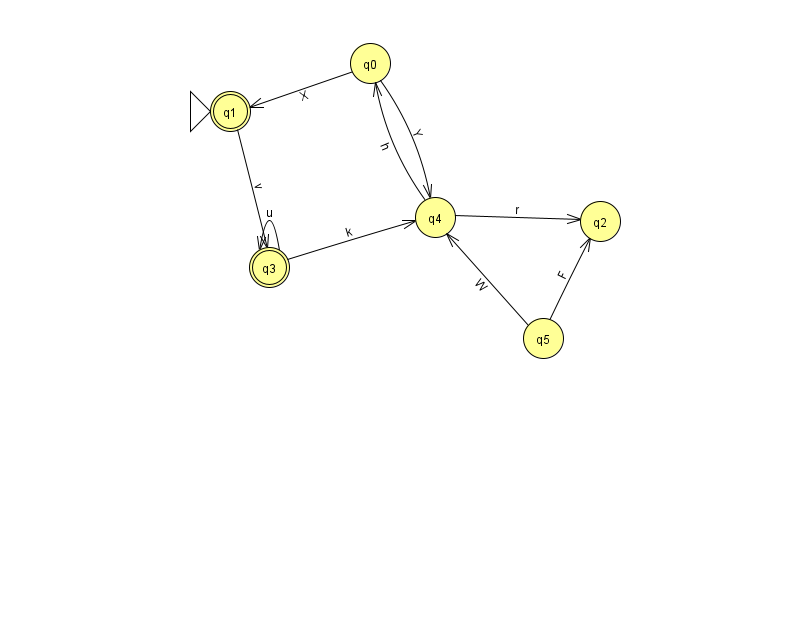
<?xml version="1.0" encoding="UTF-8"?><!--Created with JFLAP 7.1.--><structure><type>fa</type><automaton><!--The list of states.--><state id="0" name="q0"><x>370.0</x><y>50.0</y></state><state id="1" name="q1"><x>230.0</x><y>98.0</y><initial/><final/></state><state id="2" name="q2"><x>600.0</x><y>208.0</y></state><state id="3" name="q3"><x>269.0</x><y>254.0</y><final/></state><state id="4" name="q4"><x>435.0</x><y>204.0</y></state><state id="5" name="q5"><x>543.0</x><y>325.0</y></state><!--The list of transitions.--><transition><from>0</from><to>1</to><read>X</read></transition><transition><from>4</from><to>2</to><read>r</read></transition><transition><from>3</from><to>4</to><read>k</read></transition><transition><from>1</from><to>3</to><read>v</read></transition><transition><from>3</from><to>3</to><read>u</read></transition><transition><from>4</from><to>0</to><read>h</read></transition><transition><from>5</from><to>2</to><read>F</read></transition><transition><from>0</from><to>4</to><read>Y</read></transition><transition><from>5</from><to>4</to><read>W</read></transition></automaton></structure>